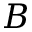
B